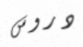
دروس